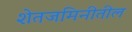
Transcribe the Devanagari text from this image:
शेतजमिनीतील